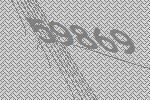
59869